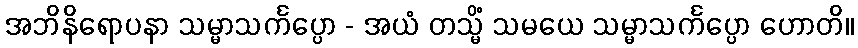
အဘိနိရောပနာ သမ္မာသင်္ကပ္ပော - အယံ တသ္မိံ သမယေ သမ္မာသင်္ကပ္ပော ဟောတိ။